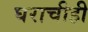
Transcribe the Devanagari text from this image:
घराचीही